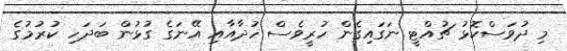
މި ދުވަސްކޮޅު ޗުއްޓީ ނަގައިގެން ހުރީވެސް ހުދާއާއި އޭނަގެ ގުޅުން ބަދަހި ކުރުމުގެ